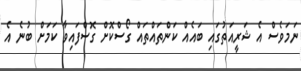
ނަމަވެސް އެ ޝަރީއަތުގައި ބައެއް ކަންތައްތައް ގޯސްކޮށް ގޮސްފައިވާ ކަމަށް ބުނެ އެ